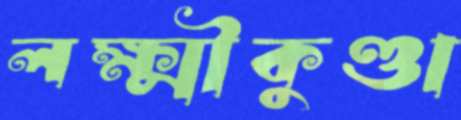
লক্ষ্মীকুণ্ডা